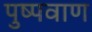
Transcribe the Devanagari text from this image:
पुष्पवाण